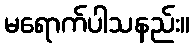
မရောက်ပါသနည်း။